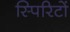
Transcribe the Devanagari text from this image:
स्पिरिटों